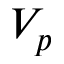
V _ { p }